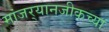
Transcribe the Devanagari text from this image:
मांजर्‍यानजीकच्या